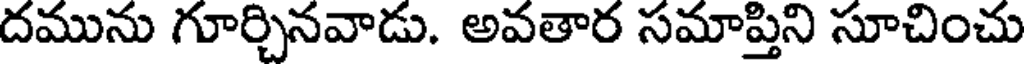
దమును గూర్చినవాడు. అవతార సమాప్తిని సూచించు